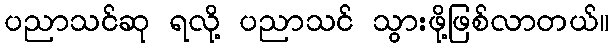
ပညာသင်ဆု ရလို့ ပညာသင် သွားဖို့ဖြစ်လာတယ်။